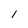
Character: 1